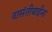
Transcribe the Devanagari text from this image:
वासंतीबाईंना